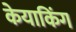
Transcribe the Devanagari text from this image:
केयाकिंग